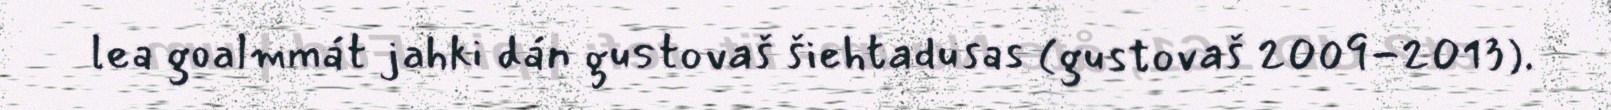
lea goalmmát jahki dán gustovaš šiehtadusas (gustovaš 2009-2013).